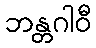
ဘန္တဂါဝီ